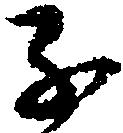
子